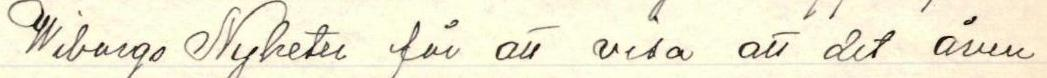
Viborgs Nyheter för att visa att det även